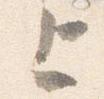
上